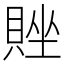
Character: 𬥗